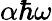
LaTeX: \alpha\hbar\omega